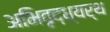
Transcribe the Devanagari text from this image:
अभिवृद्ध्यर्थ